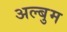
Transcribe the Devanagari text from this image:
अल्बुम